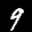
Label: 9